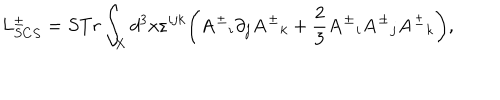
L _ { S C S } ^ { \pm } = S T r \int _ { X } d ^ { 3 } x \varepsilon ^ { i j k } \bigg ( { { \bf A } ^ { \pm } } _ { i } \partial _ { j } { { \bf A } ^ { \pm } } _ { k } + \frac { 2 } { 3 } { { \bf A } ^ { \pm } } _ { i } { { \bf A } ^ { \pm } } _ { j } { { \bf A } ^ { \pm } } _ { k } \bigg ) ,